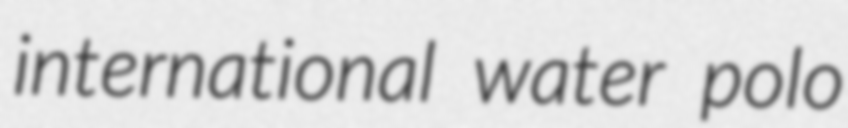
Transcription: international water polo